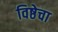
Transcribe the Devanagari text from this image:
विष्ठेचा